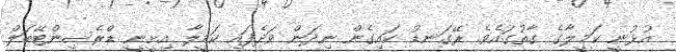
އުޅުނީ ކަމީލާގެ ގާތުގައެވެ. ރޭގަނޑު ކައިގެން ނިދަން ވަދެފައި ކަމީލާ އިށީނީ ޑްރެސިންޓޭބަލް